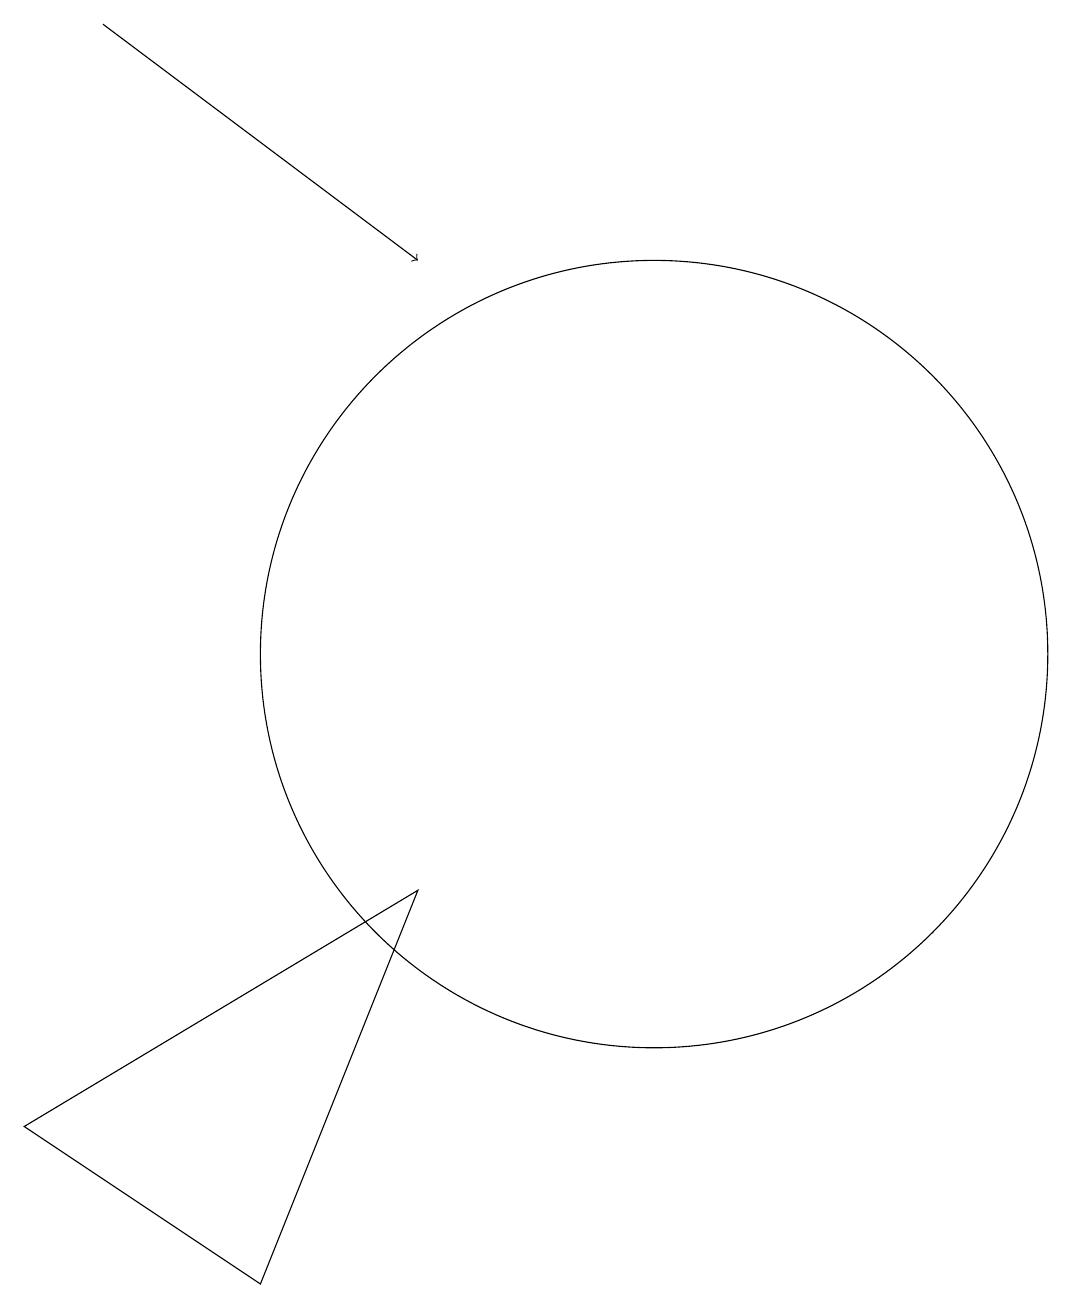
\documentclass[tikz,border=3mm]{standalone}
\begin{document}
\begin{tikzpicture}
\draw (11,10) circle (5);
\draw (6,2) -- (8,7) -- (3,4) -- cycle;
\draw[->] (4,18) -- (8,15);
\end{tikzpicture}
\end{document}